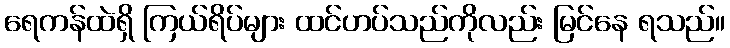
ရေကန်ထဲရှိ ကြယ်ရိပ်များ ထင်ဟပ်သည်ကိုလည်း မြင်နေ ရသည်။